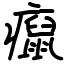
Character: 癙